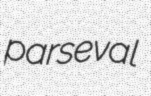
parseval